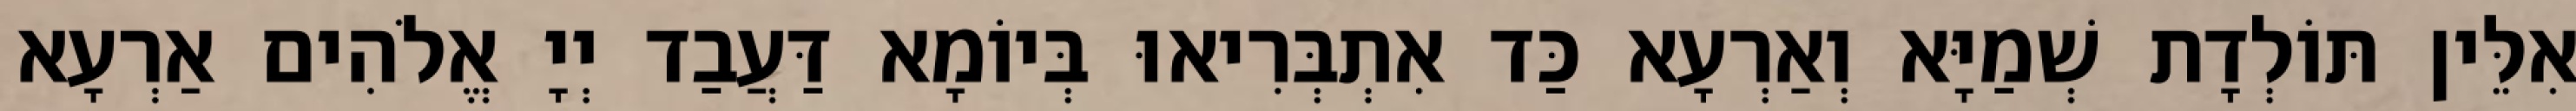
אִלֵּין תּוֹלְדָת שְׁמַיָּא וְאַרְעָא כַּד אִתְבְּרִיאוּ בְּיוֹמָא דַּעֲבַד יְיָ אֱלֹהִים אַרְעָא